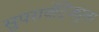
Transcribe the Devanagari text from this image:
सुपरावेंट्रिक्यूलर